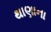
થાણાના